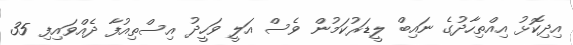
އިދިކޮޅު އިއްތިހާދުގެ ނައިބް ލީޑަރުކަމުން ވެސް އަލީ ވަހީދު އިސްތިއުފާ ދެއްވައިފި 35